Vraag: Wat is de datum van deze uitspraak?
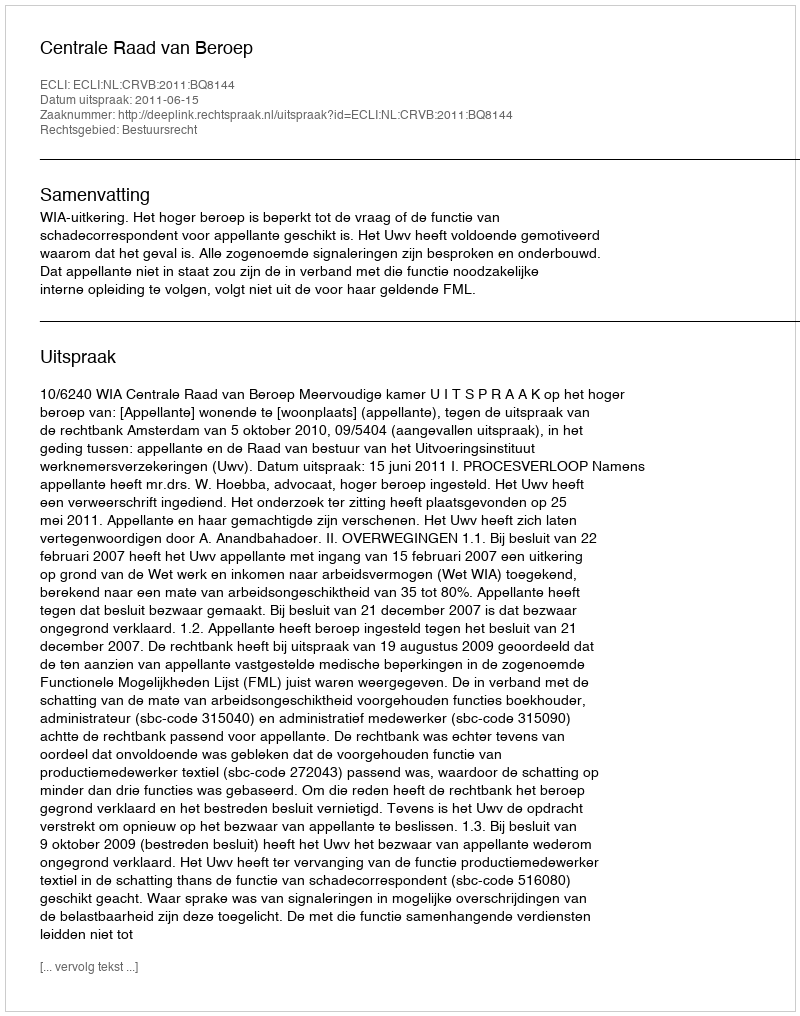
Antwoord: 2011-06-15